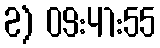
2) 09:41:55